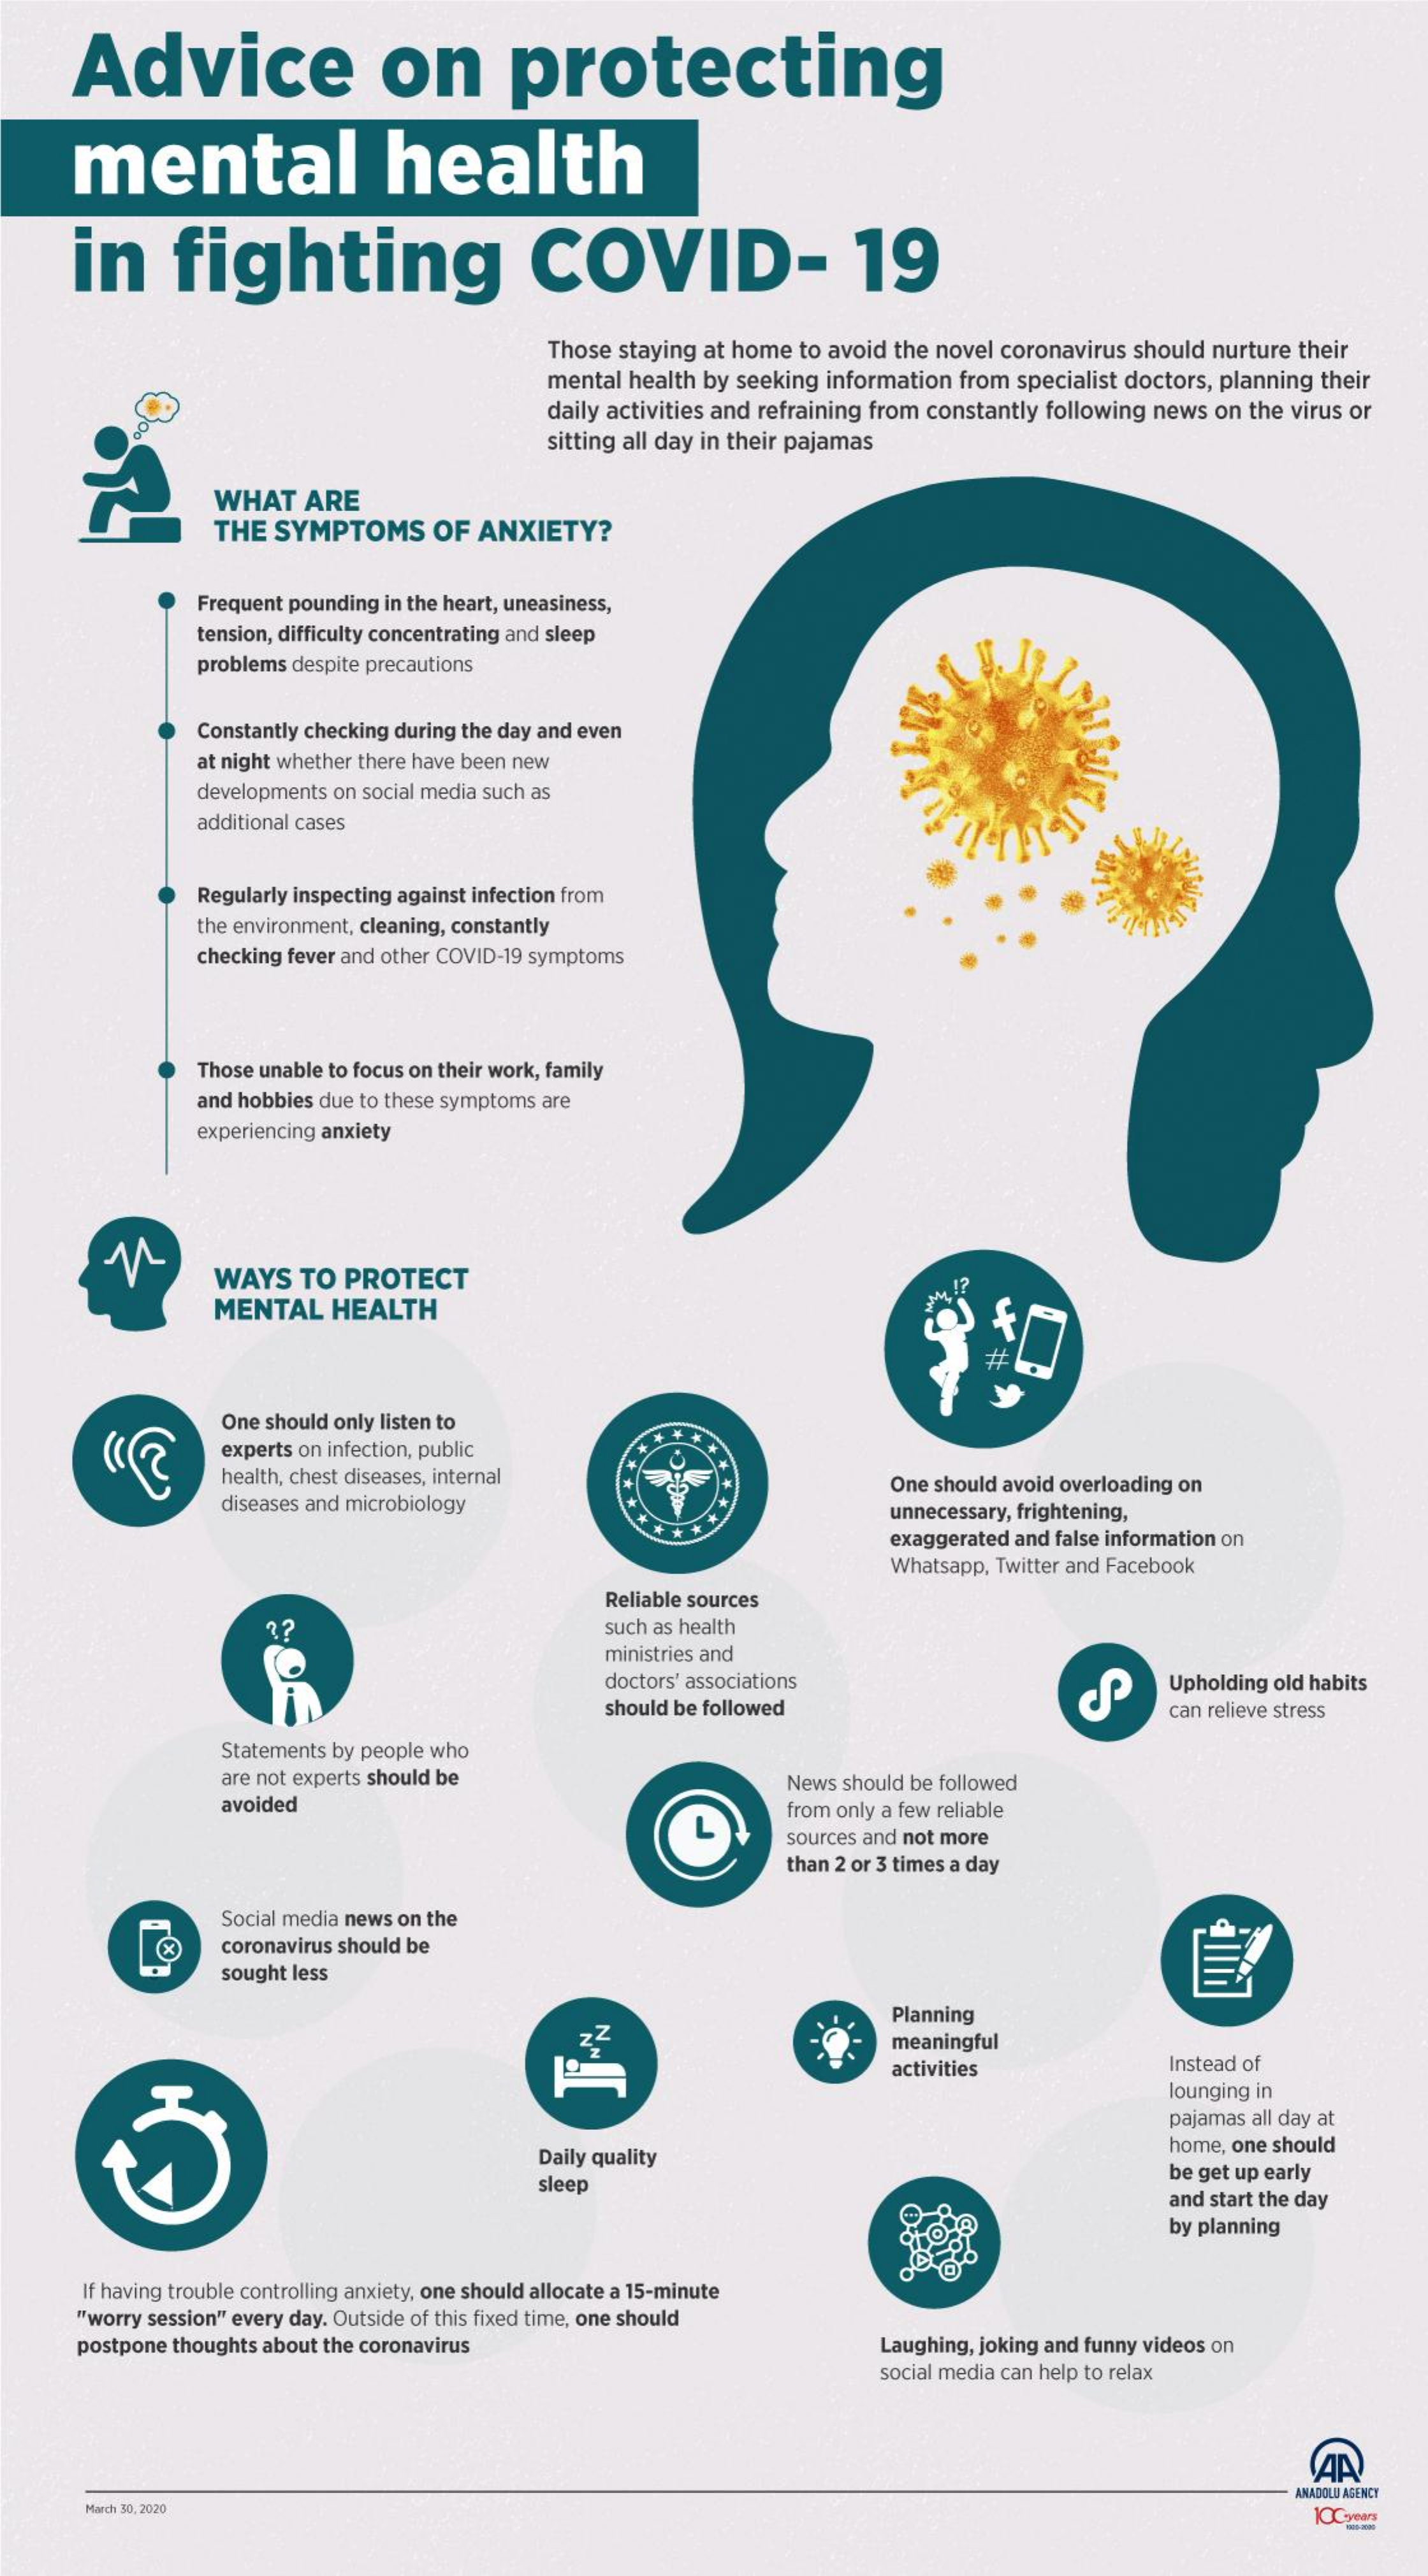
Advice    on    protecting
     mental    health
     in    fighting    COVID-    19
     Those staying at home to avoid the novel coronavirus should nurture their
     mental health by seeking information from specialist doctors, planning their
     daily activities and refraining from constantly following news on the virus or
     sitting all day in their pajamas
     WHAT    ARE
     THE SYMPTOMS    OF  ANXIETY?
     Frequent pounding in the heart, uneasiness,
     tension, difficulty concentrating and sleep
     problems despite precautions
     Constantly checking during the day and even
     at night whether there have been new
     developments on social media such as
     additional cases
     Regularly inspecting against infection from
     the environment, cleaning, constantly
     checking fever and other COVID-19 symptoms
     Those unable to focus on their work, family
     and hobbies due to these symptoms are
     experiencing anxiety
     WAYS  TO  PROTECT
     MENTAL    HEALTH    f
     #
     One should only listen to
     experts on infection, public
     health, chest diseases, internal
     diseases and microbiology
     One should avoid overloading on
     unnecessary, frightening,
     exaggerated and false information on
     Whatsapp, Twitter and Facebook
     Reliable sources
     2?    such as health
     ministries and
     doctors' associations
     cp
     Upholding old habits
     should be followed    can relieve stress
     Statements by people who
     are not experts should be
     avoided
     News should be followed
     L
     from only a few reliable
     sources and not more
     than 2 or 3 times a day
     Social media news on the
     coronavirus should be
     sought less
     Planning
     meaningful
     activities    Instead of
     lounging in
     pajamas all day at
     Daily quality
     home, one should
     sleep    be get up early
     and start the day
     by planning
     If having trouble controlling anxiety, one should allocate a 15-minute
     "worry session" every day. Outside of this fixed time, one should
     postpone thoughts about the coronavirus    Laughing, joking and funny videos on
     social media can help to relax
     March 30.2020
     ANADOLU AGENCY